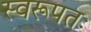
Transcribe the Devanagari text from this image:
स्वरूपतः